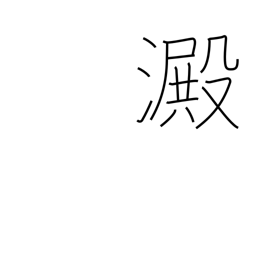
Meaning: sediment